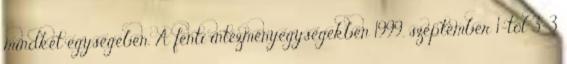
mindkét egységében. A fenti intézményegységekben 1999. szeptember 1-től 3-3